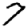
Digit: 7